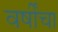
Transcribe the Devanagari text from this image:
वर्षींचा